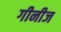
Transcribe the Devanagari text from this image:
गीनीज